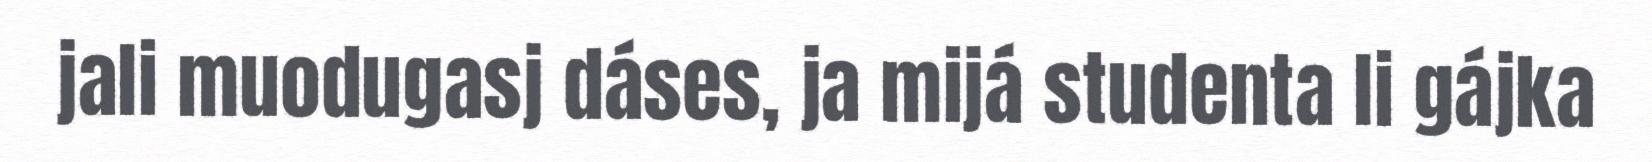
jali muodugasj dáses, ja mijá studenta li gájka